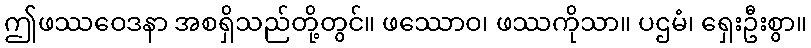
ဤဖဿဝေဒနာ အစရှိသည်တို့တွင်။ ဖဿောဝ၊ ဖဿကိုသာ။ ပဌမံ၊ ရှေးဦးစွာ။